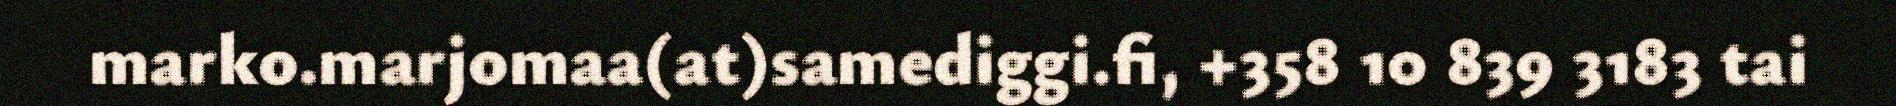
marko.marjomaa(at)samediggi.fi, +358 10 839 3183 tai